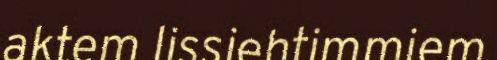
aktem lissiehtimmiem